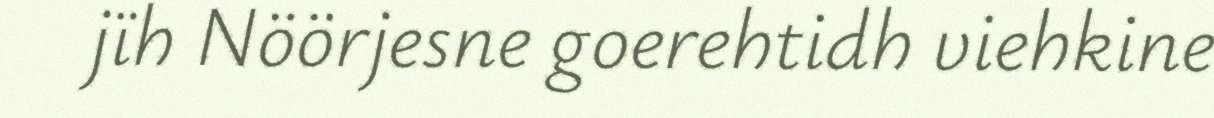
jïh Nöörjesne goerehtidh viehkine